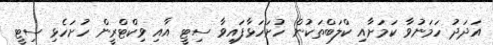
އަދަދު ހަމަނުވާ ކަމަށާއި ކްލަބްތަކުން ހުށަހަޅާފައިވާ ސިޓީ އާއި ވިކްޓްރީން ހުށަހެޅި ސިޓީ